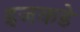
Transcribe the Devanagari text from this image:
इजकडे